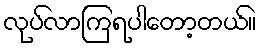
လုပ်လာကြရပါတော့တယ်။